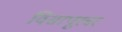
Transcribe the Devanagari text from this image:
विसापूरवर